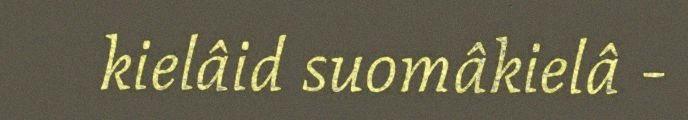
kielâid suomâkielâ -